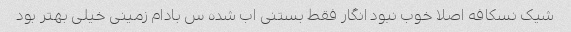
شیک نسکافه اصلا خوب نبود انگار فقط بستنی اب شده س بادام زمینی خیلی بهتر بود